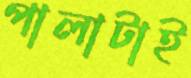
পালাটাই